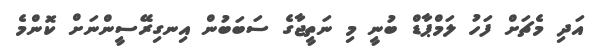
އަދި މެޗަށް ފަހު ލަމްޕާޑް ބުނީ މި ނަތީޖާގެ ސަބަބުން އިނގިރޭސީންނަށް ކޮންމެ